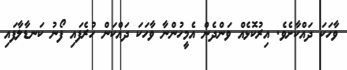
ވާހަކަ ދައްކާށެވެ. އިރުކޮޅެއް ވަންދެން އެމީހުންނާ ވާހަކަ ދައްކަން ހުރެފައި ފޯނު ކަނޑާލާފައި